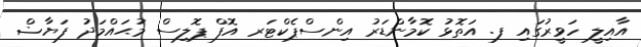
އާއިލީ ހަވީރުގައި ފ. އަތޮޅު ކޮމާންޑަރު އިންސްޕެކްޓަރ އޮފް ޕޮލިސް މުޙައްމަދު ފަޔާޟް